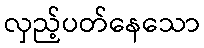
လှည့်ပတ်နေသော